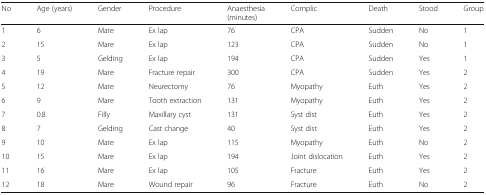
<table><thead><tr><td><b>No</b></td><td><b>Age (years)</b></td><td><b>Gender</b></td><td><b>Procedure</b></td><td><b>Anaesthesia (minutes)</b></td><td><b>Complic</b></td><td><b>Death</b></td><td><b>Stood</b></td><td><b>Group</b></td></tr></thead><tbody><tr><td>1</td><td>6</td><td>Mare</td><td>Ex lap</td><td>76</td><td>CPA</td><td>Sudden</td><td>No</td><td>1</td></tr><tr><td>2</td><td>15</td><td>Mare</td><td>Ex lap</td><td>123</td><td>CPA</td><td>Sudden</td><td>No</td><td>1</td></tr><tr><td>3</td><td>5</td><td>Gelding</td><td>Ex lap</td><td>194</td><td>CPA</td><td>Sudden</td><td>Yes</td><td>1</td></tr><tr><td>4</td><td>19</td><td>Mare</td><td>Fracture repair</td><td>300</td><td>CPA</td><td>Sudden</td><td>Yes</td><td>2</td></tr><tr><td>5</td><td>12</td><td>Mare</td><td>Neurectomy</td><td>76</td><td>Myopathy</td><td>Euth</td><td>Yes</td><td>2</td></tr><tr><td>6</td><td>9</td><td>Mare</td><td>Tooth extraction</td><td>131</td><td>Myopathy</td><td>Euth</td><td>Yes</td><td>2</td></tr><tr><td>7</td><td>0.8</td><td>Filly</td><td>Maxillary cyst</td><td>131</td><td>Syst dist</td><td>Euth</td><td>Yes</td><td>2</td></tr><tr><td>8</td><td>7</td><td>Gelding</td><td>Cast change</td><td>40</td><td>Syst dist</td><td>Euth</td><td>Yes</td><td>2</td></tr><tr><td>9</td><td>10</td><td>Mare</td><td>Ex lap</td><td>115</td><td>Myopathy</td><td>Euth</td><td>No</td><td>2</td></tr><tr><td>10</td><td>15</td><td>Mare</td><td>Ex lap</td><td>194</td><td>Joint dislocation</td><td>Euth</td><td>Yes</td><td>2</td></tr><tr><td>11</td><td>16</td><td>Mare</td><td>Ex lap</td><td>105</td><td>Fracture</td><td>Euth</td><td>Yes</td><td>2</td></tr><tr><td>12</td><td>18</td><td>Mare</td><td>Wound repair</td><td>96</td><td>Fracture</td><td>Euth</td><td>No</td><td>2</td></tr></tbody></table>